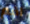
اقم